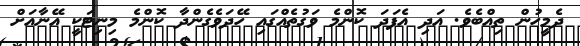
ދެމީހުން ތިއްބެވެ. އަދި އެފަދަ ކޮންމެ ވަގުތެއްގައި ހޭދަވެގެންދާ ކޮންމެ މިނިޓަކީ އޭނާއަށް